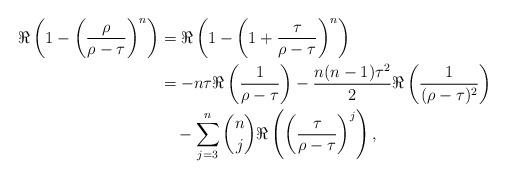
LaTeX: \begin{align*}\Re\left(1-\left(\frac{\rho}{\rho-\tau}\right)^n\right) &=\Re\left(1-\left(1+\frac{\tau}{\rho-\tau}\right)^n\right) \\& = -n\tau\Re\left(\frac{1}{\rho-\tau}\right)-\frac{n(n-1)\tau^2}{2}\Re\left(\frac{1}{(\rho-\tau)^2}\right) \\&\quad-\sum\limits_{j=3}^n\binom{n}{j}\Re\left(\left(\frac{\tau}{\rho-\tau}\right)^j\right) ,\end{align*}